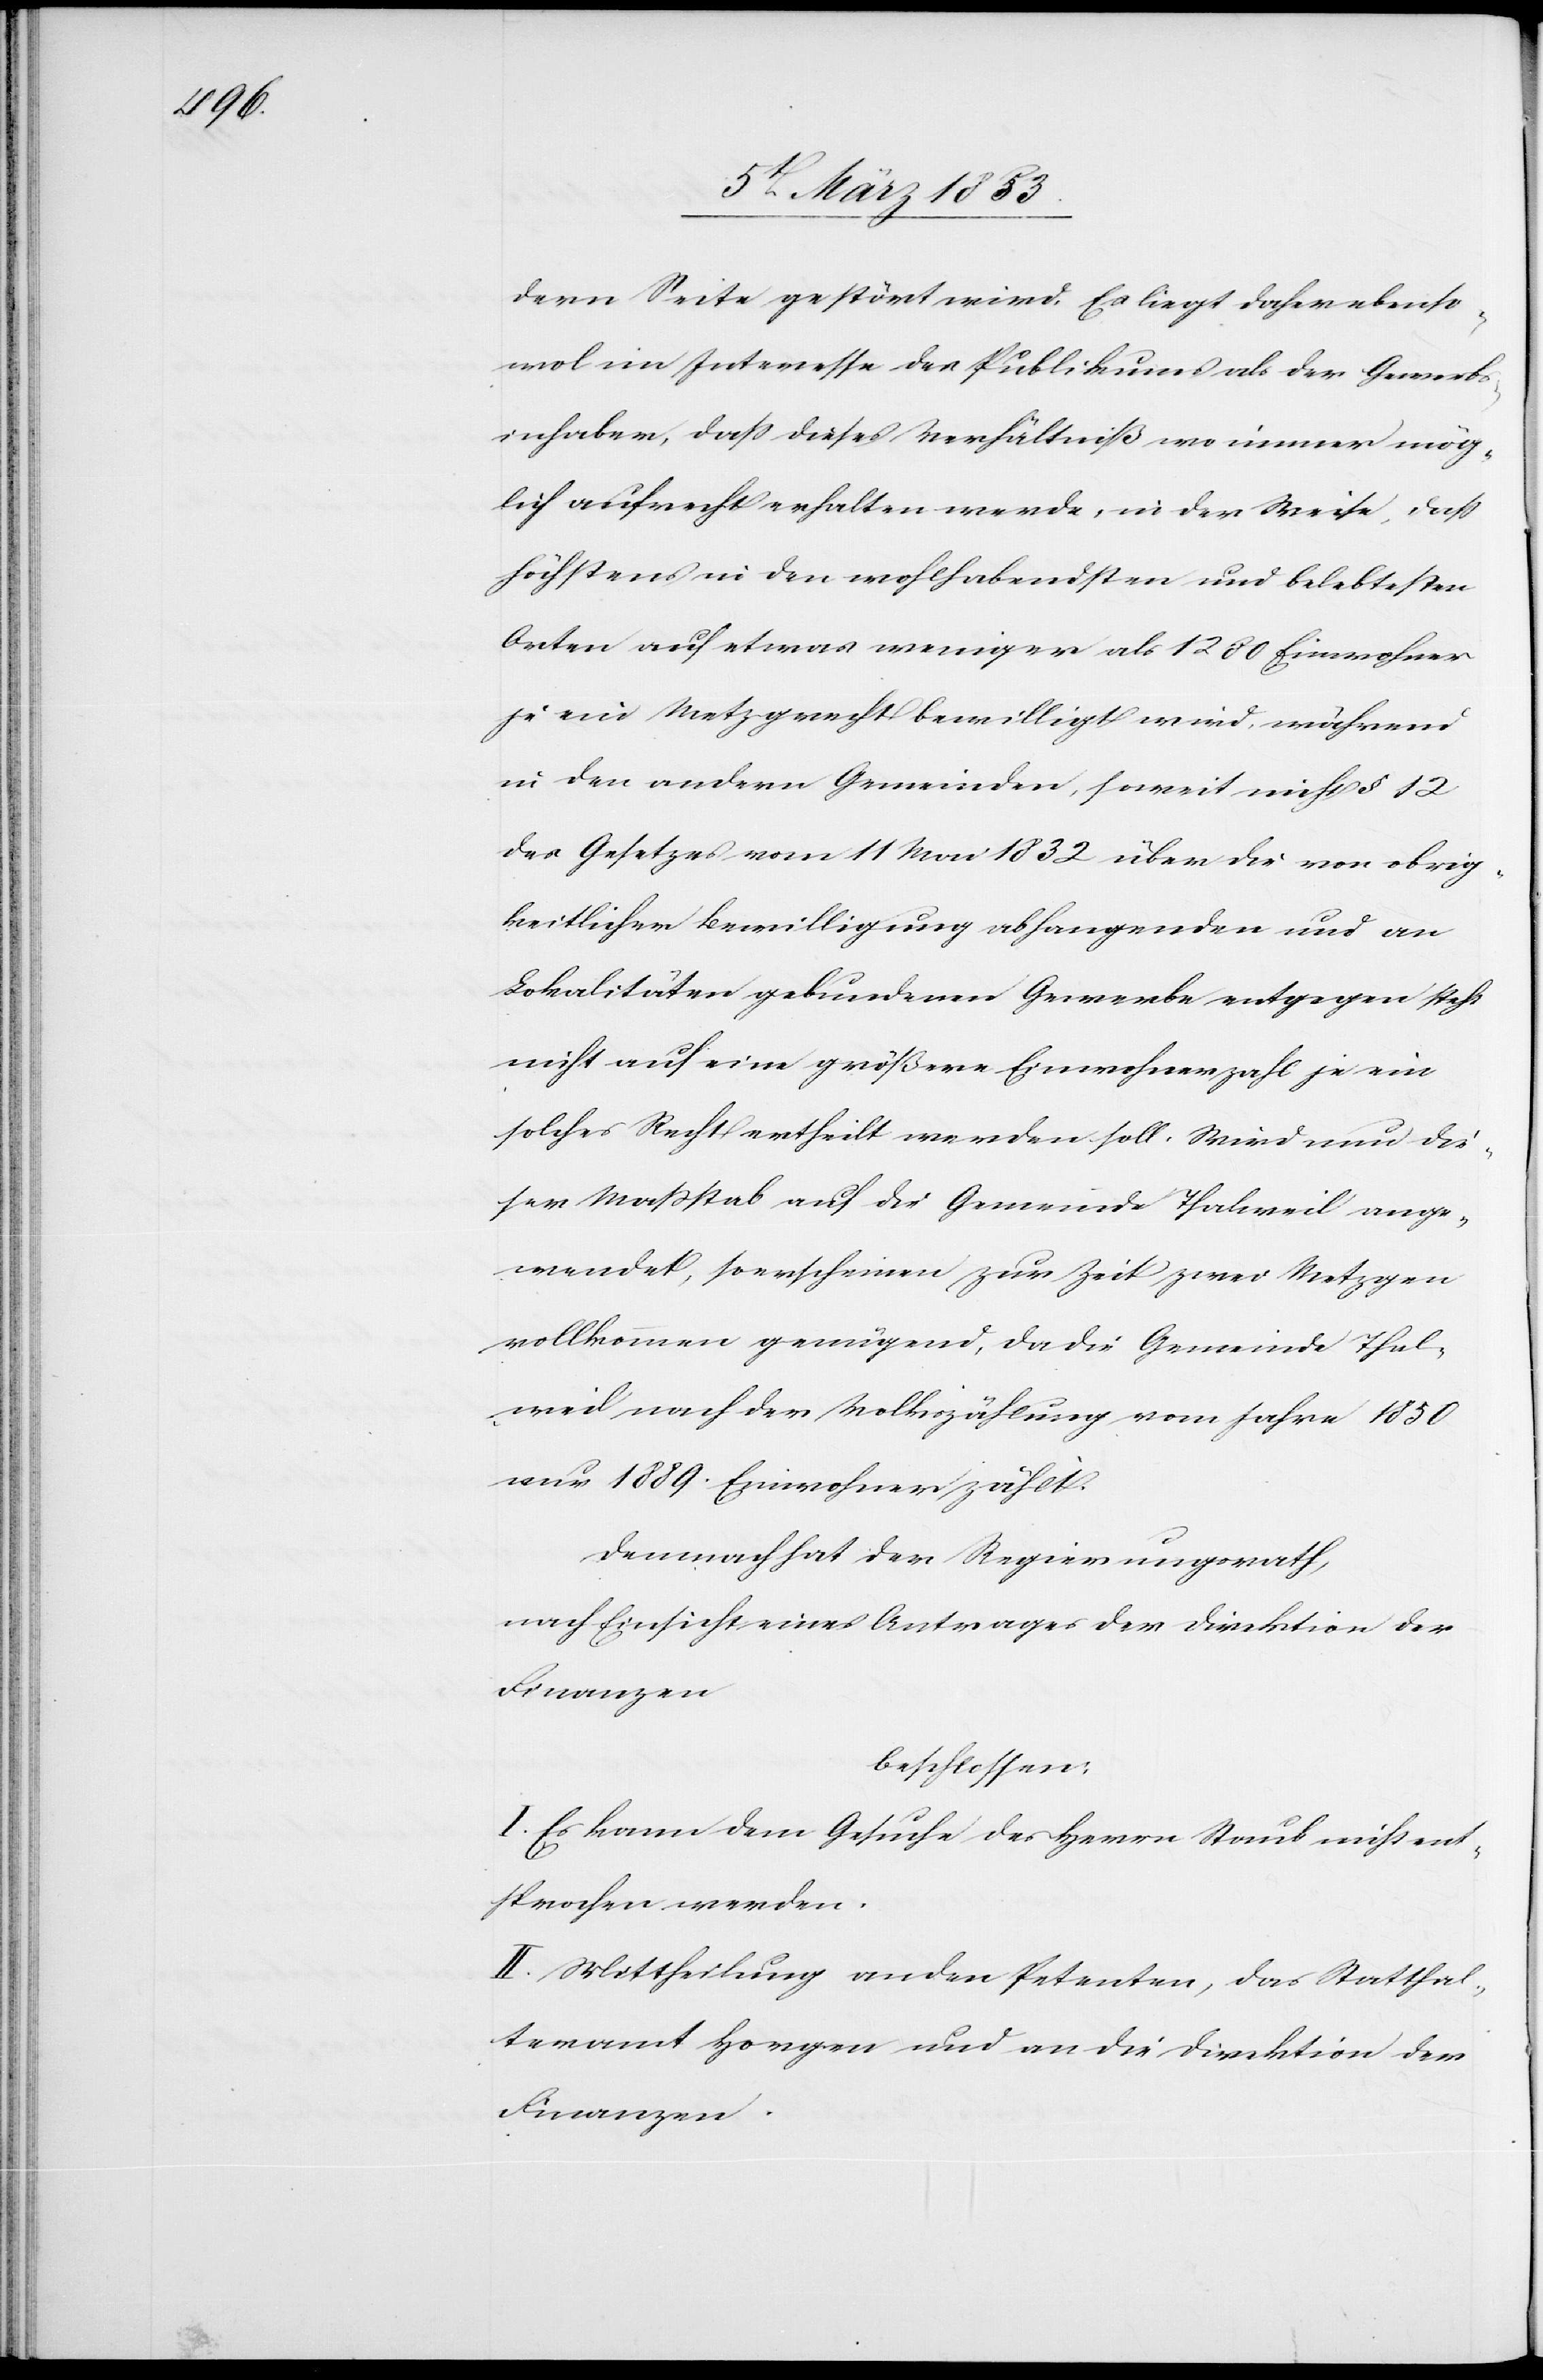
dern Seite gestört wird. Es liegt daher ebenso
im Interesse des Publikums als der Gewerbs¬
inhaber, daß dieses Verhältniß wo immer mög¬
lich aufrecht erhalten werde, in der Weise, daß
höchstens in den wohlhabensten und belebtesten
Orten auf etwas weniger als 1280 Einwohner
je ein Metzgrecht bewilligt wird während
in den andern Gemeinden, soweit nicht § 12
des Gesetzes vom 11 Mai 1832 über die von obrig¬
keitlicher Bewilligung abhangenden und an
Lokalitäten gebundenen Gewerbe entgegen steht
nicht auf eine größere Einwohnerzahl je ein
solches Recht ertheilt werden soll. Wird nun die¬
ser Maßstab auf die Gemeinde Thalweil ange¬
wendet, so erscheinen zur Zeit zwei Metzgen
vollkommen genügend, da die Gemeinde Thal¬
weil nach der Volkszählung vom Jahr 1850
nur 1889 Einwohner zählt.
Demnach hat der Regierungsrath,
nach Einsicht eines Antrages der Direktion der
Finanzen
beschlossen:
I. Es kann dem Gesuche des Herrn Staub nicht ent¬
sprochen werden.
II. Mittheilung an den Petenten, das Statthal¬
teramt Horgen und an die Direktion der
Finanzen.